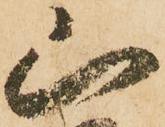
山